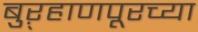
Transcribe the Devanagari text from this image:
बुऱ्हाणपूरच्या